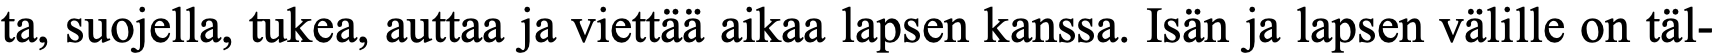
ta, suojella, tukea, auttaa ja viettää aikaa lapsen kanssa. Isän ja lapsen välille on täl-